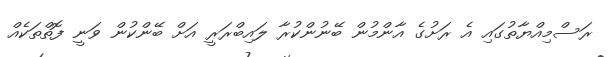
ރަސްމިއްޔާތުގައި އެ ރަށުގެ އާންމުން ބޭނުންކުރާ ލައިބްރަރީ އަށް ބޭންކުން ވަނީ ފޮތްތަކެއް